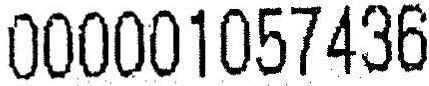
000001057436